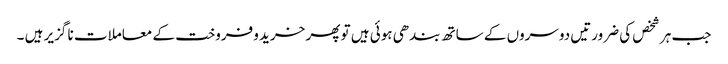
جب ہر شخص کی ضرورتیں دوسروں کے ساتھ بندھی ہوئی ہیں تو پھر خرید وفروخت کے معاملات نا گزیر ہیں ۔